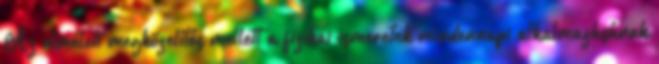
Az elméleti megközelítés mellett a fizikai ismeretek mindennapi alkalmazásának